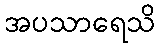
အပသာရေသိ